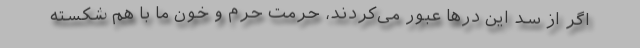
اگر از سدّ این درها عبور می‌کردند، حرمت حرم و خون ما با هم شکسته